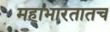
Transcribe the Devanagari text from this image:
महाभारतातच